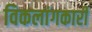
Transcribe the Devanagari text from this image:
विकलांगकारी